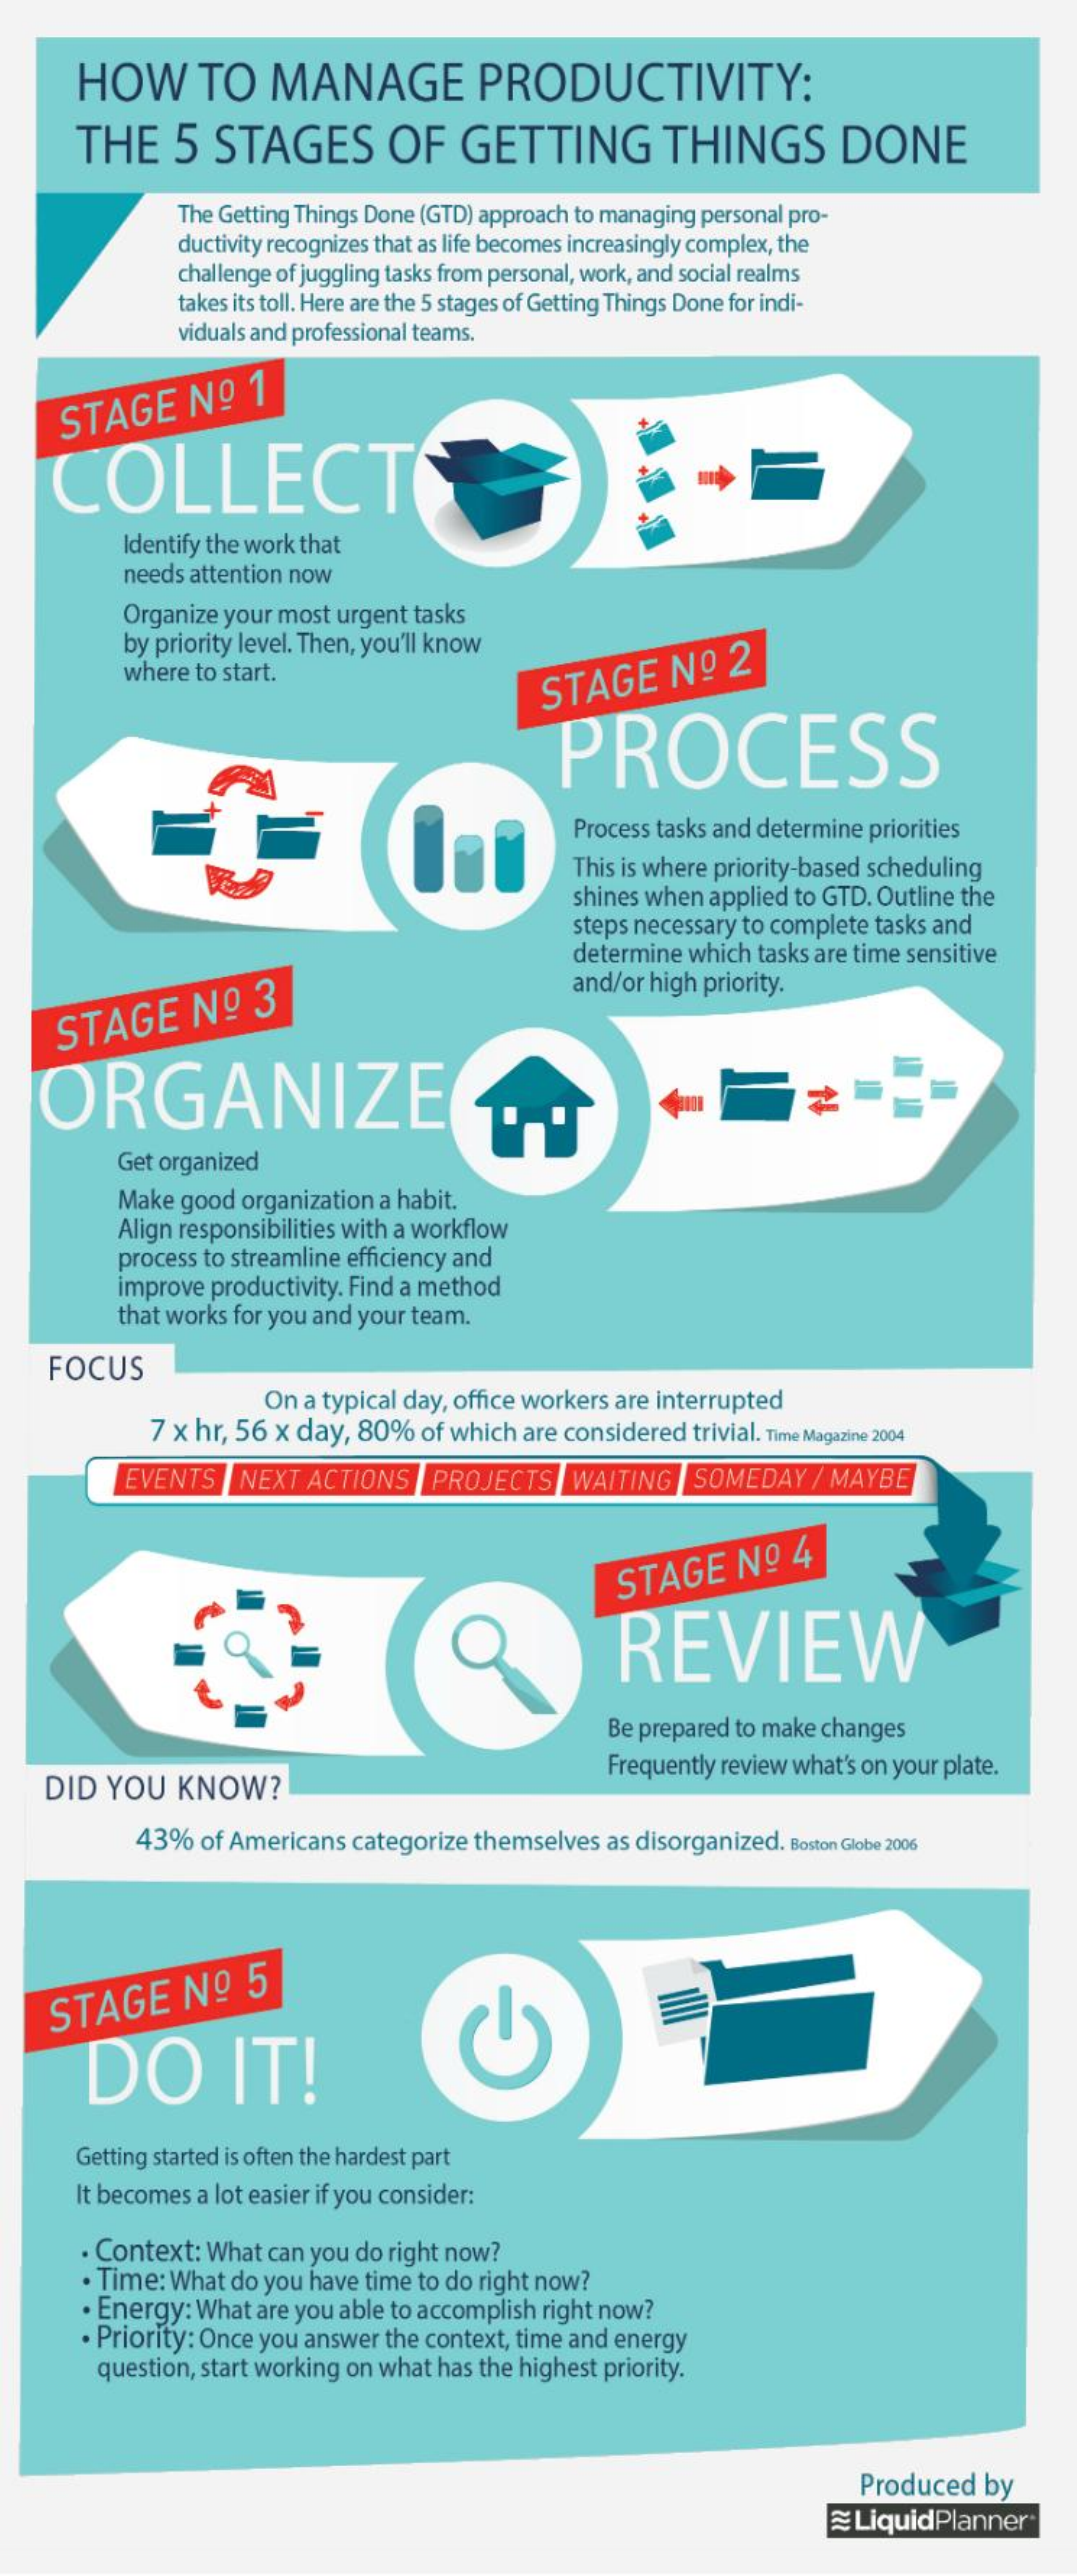
HOW    TO   MANAGE    PRODUCTIVITY:
     THE    5  STAGES    OF    GETTING    THINGS    DONE
     The Getting Things Done (GTD) approach to managing personal pro-
     ductivity recognizes that as life becomes increasingly complex, the
     challenge of juggling tasks from personal, work, and social realms
     takes its toll. Here are the 5 stages of Getting Things Done for indi-
     viduals and professional teams.
     STAGE    N.º  1
    COLLECT
     Identify the work that
     needs attention now
     Organize your most urgent tasks
     by priority level. Then, you'll know
     where to start.    STAGE    Nº   2
     PROCESS
     Process tasks and determine priorities
     This is where priority-based scheduling
     shines when applied to GTD. Outline the
     steps necessary to complete tasks and
     determine which tasks are time sensitive
     and/or high priority.
     STAGE    Nº    3
   ORGANIZE
     Get organized
     Make good organization a habit.
     Align responsibilities with a workflow
     process to streamline efficiency and
     improve productivity. Find a method
     that works for you and your team.
    FOCUS
     On a typical day, office workers are interrupted
     7 x hr, 56 x day, 80% of which are considered trivial. Time Magazine 2004
     EVENTS |NEXT  ACTIONS   PROJECTS    WAITING   SOMEDAY  / MAYBE
     STAGE    Nº  4
     REVIEW
     Be prepared to make changes
    DID  YOU  KNOW?
     Frequently review what's on your plate.
     43%  of Americans categorize themselves as disorganized. Boston Globe 2006
    STAGE    Nº   5
     DO    IT!
     Getting started is often the hardest part
     It becomes a lot easier if you consider:
     · Context: What can you do right now?
     · Time: What do you have time to do right now?
     · Energy: What are you able to accomplish right now?
     · Priority: Once you answer the context, time and energy
     question, start working on what has the highest priority.
     Produced  by
     LiquidPlanner